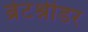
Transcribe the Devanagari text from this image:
ब्रेटश्नीडर